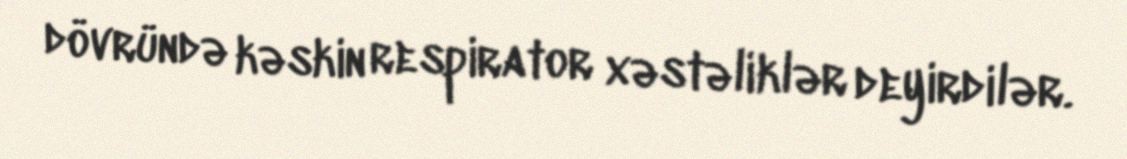
dövründə kəskin respirator xəstəliklər deyirdilər.